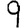
Digit: 9